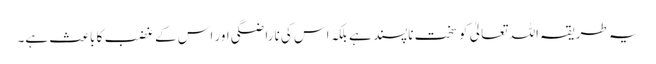
یہ طریقہ اللہ تعالیٰ کو سخت ناپسند ہے بلکہ اس کی ناراضگی اور اس کے غضب کا باعث ہے۔